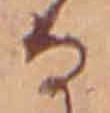
な